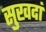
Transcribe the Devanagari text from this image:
सुखदां